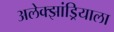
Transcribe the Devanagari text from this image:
अलेक्झांड्रियाला